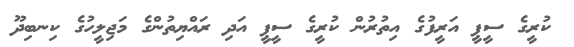
ކުރީގެ ސީޕީ އަރީފުގެ އިތުރުން ކުރީގެ ސީޕީ އަދި ރައްޔިތުންގެ މަޖިލީހުގެ ކިނބިދޫ